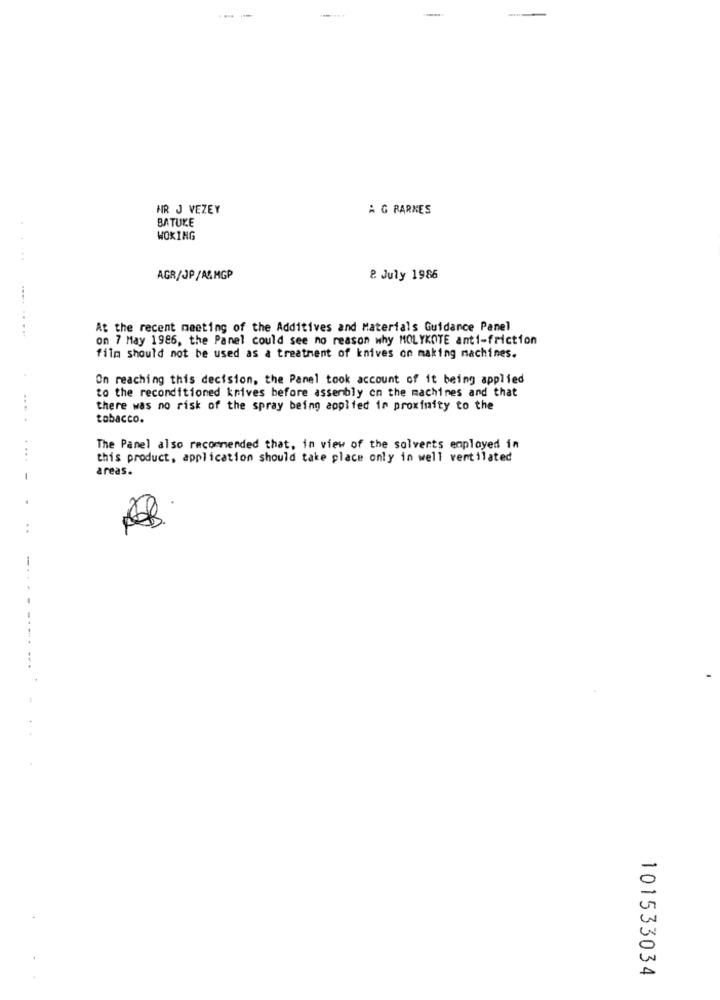
--
HR J VEZEY
À G RARKES
BATUKE
WOKING
AGR/JP/A&MGP
& July 1986
At the recent meeting of the Additives and Materials Guidance Panel
on 7 May 1986, the Panel could see no reason why MOLYKOTE anti-friction
film should not be used as a treatment of knives on making machines.
On reaching this decision, the Panel took account of it being applied
to the reconditioned krives before assembly on the machines and that
there was no risk of the spray being applied in proximity to the
tobacco.
The Panel also recommended that, in view of the solvents employed in
this product, application should take place only in well ventilated
areas.
101533034